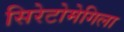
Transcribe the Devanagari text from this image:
सिरेटोमेगिला